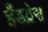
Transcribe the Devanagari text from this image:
हँडप्रेस